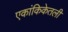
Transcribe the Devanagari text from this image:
एकांकिकेतली